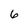
Character: 6